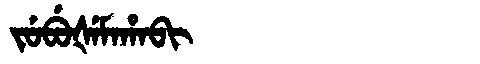
Manchu: ᠵᡠᠪᡠᡧᡝᠮᠠᡥᠠᠪᡳ
Romanization: JUBUŠEMAHABI